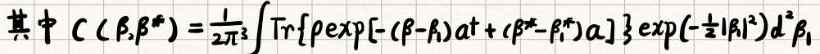
其中 $C ( \beta , \beta ^ { * } ) = \frac { 1 } { 2 \pi ^ { 3 } } \int \mathrm { Tr } \left\{ \rho \exp \left[ - ( \beta - \beta _ { 1 } ) a ^ { \dagger } + ( \beta ^ { * } - \beta _ { 1 } ^ { * } ) a \right] \right\} \exp \left( - \frac { 1 } { 2 } | \beta _ { 1 } | ^ { 2 } \right) d ^ { 2 } \beta _ { 1 }$